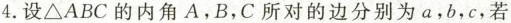
4.设△ABC的内角A.B，C所对的边分别为a，b，c，若